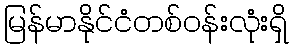
မြန်မာနိုင်ငံတစ်ဝန်းလုံးရှိ